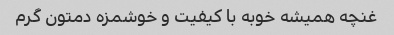
غنچه همیشه خوبه با کیفیت و خوشمزه دمتون گرم